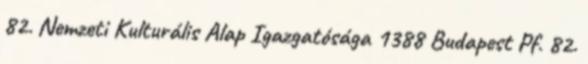
82. Nemzeti Kulturális Alap Igazgatósága 1388 Budapest Pf. 82.